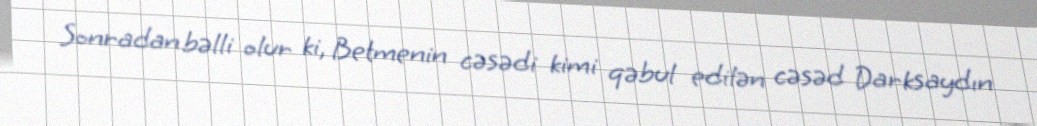
Sonradan bəlli olur ki, Betmenin cəsədi kimi qəbul edilən cəsəd Darksaydın